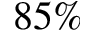
8 5 \%